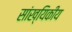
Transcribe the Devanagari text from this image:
सांख्‍यिकीय